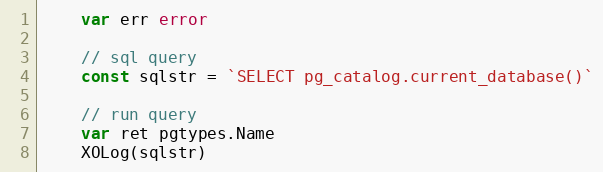
Language: Go
	var err error

	// sql query
	const sqlstr = `SELECT pg_catalog.current_database()`

	// run query
	var ret pgtypes.Name
	XOLog(sqlstr)